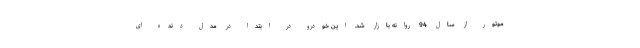
موتور از سال 94 روانه بازار شد. این خودرو در ابتدا در مدل دنده ای